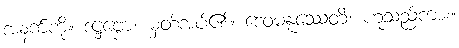
အနက်ကို။ ဒဋ္ဌဗ္ဗော၊ မှတ်အပ်၏။ ဒေဝမနူဿေတိ၊ ဟူသည်ကား။